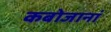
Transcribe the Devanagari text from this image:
कबोजानां